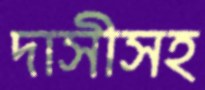
দাসীসহ